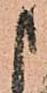
申